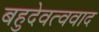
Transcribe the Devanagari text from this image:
बहुदेवत्ववाद